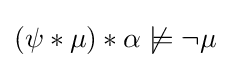
(\psi *\mu )*\alpha \not \models \neg \mu